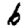
Digit: 6